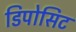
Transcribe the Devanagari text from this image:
डिपोसिट